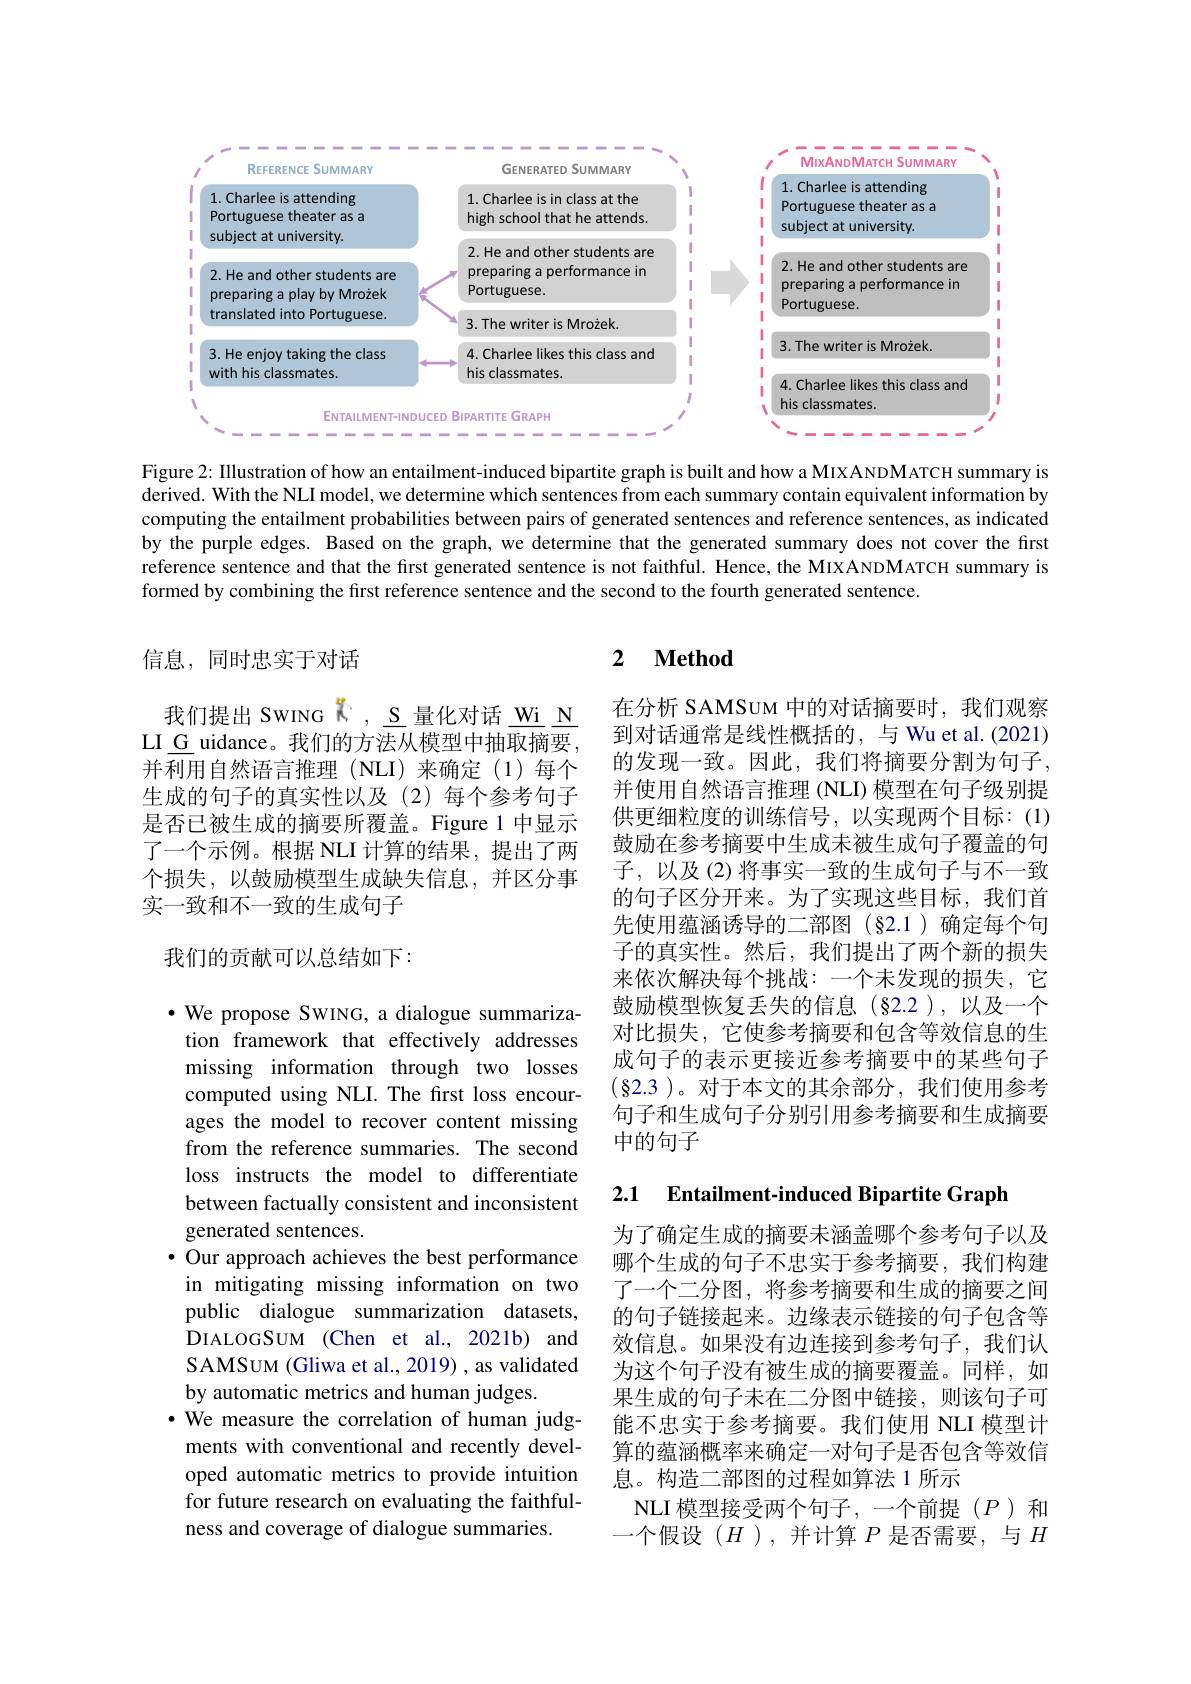
<FigureHere>

Figure 2: Illustration of how an entailment-induced bipartite graph is built and how a MIXANDMATCH summary is $\tilde{\text{derived. With the NLI model, we determine which sentences from each summary contain equivalent information by}}$ computing the entailment probabilities between pairs of generated sentences and reference sentences, as indicated by the purple edges. Based on the graph, we determine that the generated summary does not cover the first reference sentence and that the first generated sentence is not faithful. Hence, the MIXANDMATCH summary is formed by combining the fırst reference sentence and the second to the fourth generated sentence.

### 2 $\textbf{Method}$

## 信息，同时忠实于对话

我们提出 SWING $K,\underline{S}$量化对话$\underline\mathrm{Wi}\underline{\mathrm{N}}$ LI G uidance。我们的方法从模型中抽取摘要并利用自然语言推理(NLI)来确定(1)每个生成的句子的真实性以及(2)每个参考句子是否已被生成的摘要所覆盖。Figure 1 中显示了一个示例。根据 NLI 计算的结果，提出了两个损失，以鼓励模型生成缺失信息，并区分事实一致和不一致的生成句子

在分析 SAMSUM 中的对话摘要时，我们观察到对话通常是线性概括的，与 Wu et al.(2021) 的发现一致。因此，我们将摘要分割为句子， 并使用自然语言推理 (NLI) 模型在句子级别提供更细粒度的训练信号，以实现两个目标：(1) 鼓励在参考摘要中生成未被生成句子覆盖的句子，以及(2)将事实一致的生成句子与不一致的句子区分开来。为了实现这些目标，我们首先使用蕴涵诱导的二部图(§2.1)确定每个句子的真实性。然后，我们提出了两个新的损失来依次解决每个挑战：一个未发现的损失，它鼓励模型恢复丢失的信息(§2.2),以及一个对比损失，它使参考摘要和包含等效信息的生成句子的表示更接近参考摘要中的某些句子$(\S$2.3 )。对于本文的其余部分，我们使用参考句子和生成句子分别引用参考摘要和生成摘要中的句子

## 我们的贡献可以总结如下：

2.1 Entailment-induced Bipartite Graph

·We propose SWING, a dialogue summarization framework that effectively addresses missing information through two losses computed using NLI. The first loss encourages the model to recover content missing from the reference summaries. The second loss instructs the model to differentiate between factually consistent and inconsistent generated sentences.
· Our approach achieves the best performance in mitigating missing information on two public dialogue summarization datasets, DIALOGSUM (Chen et al., 2021b) and SAMSUM (Gliwa et al., 2019) , as validated by automatic metrics and human judges.
·We measure the correlation of human judgments with conventional and recently developed automatic metrics to provide intuition for future research on evaluating the faithfulness and coverage of dialogue summaries.

为了确定生成的摘要未涵盖哪个参考句子以及哪个生成的句子不忠实于参考摘要，我们构建了一个二分图，将参考摘要和生成的摘要之间的句子链接起来。边缘表示链接的句子包含等效信息。如果没有边连接到参考句子，我们认为这个句子没有被生成的摘要覆盖。同样，如果生成的句子未在二分图中链接，则该句子可能不忠实于参考摘要。我们使用 NLI 模型计算的蕴涵概率来确定一对句子是否包含等效信息。构造二部图的过程如算法 1 所示
NLI 模型接受两个句子，一个前提($P$)和一个假设($H$),并计算$P$是否需要，与$H$